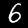
Digit: 6